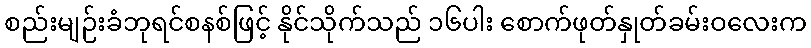
စည်းမျဉ်းခံဘုရင်စနစ်ဖြင့် နိုင်သိုက်သည် ၁၆ပါး စောက်ဖုတ်နှုတ်ခမ်းဝလေးက